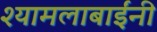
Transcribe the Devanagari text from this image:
श्यामलाबाईंनी